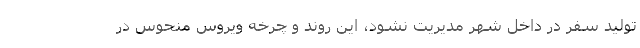
تولید سفر در داخل شهر مدیریت نشود، این روند و چرخه ویروس منحوس در